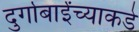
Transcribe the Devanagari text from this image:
दुर्गाबाईंच्याकडे